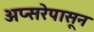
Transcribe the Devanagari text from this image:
अप्सरेपासून